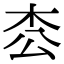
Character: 枩